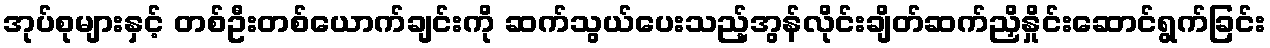
အုပ်စုများနှင့် တစ်ဦးတစ်ယောက်ချင်းကို ဆက်သွယ်ပေးသည့်အွန်လိုင်းချိတ်ဆက်ညှိနှိုင်းဆောင်ရွက်ခြင်း